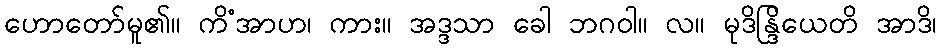
ဟောတော်မူ၏။ ကိံအာဟ၊ ကား။ အဒ္ဒသာ ခေါ ဘဂဝါ။ လ။ မုဒိန္ဒြိယေတိ အာဒိ၊